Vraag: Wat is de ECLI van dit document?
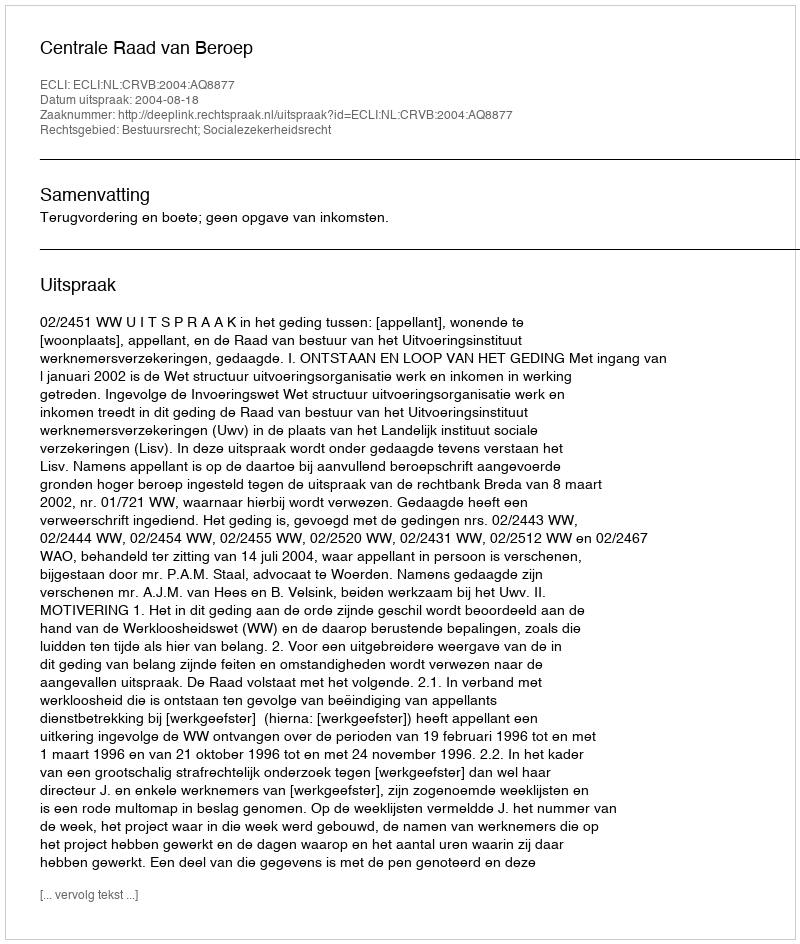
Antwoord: ECLI:NL:CRVB:2004:AQ8877